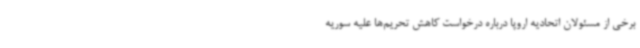
برخی از مسئولان اتحادیه اروپا درباره درخواست کاهش تحریم‌ها علیه سوریه